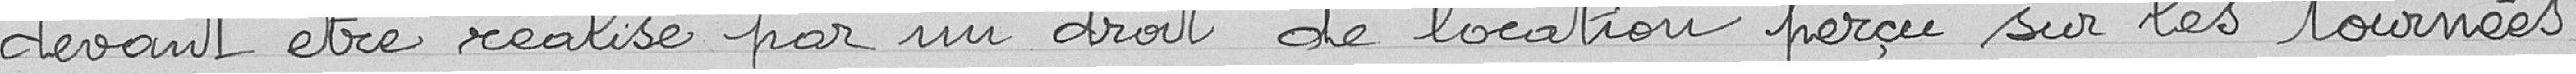
devant être réalisé par un droit de location perçu sur les tournées